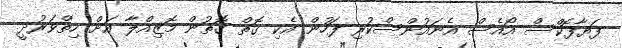
ފަޔާފޮކްސް އޯއެސް އެނައުންސްކުރި ފަހުން އެކި ގޮތް ގޮތުން މޮޒިއްލާ އަށް ހިތްވަރުދީ